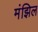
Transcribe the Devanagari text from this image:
मंझिल